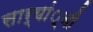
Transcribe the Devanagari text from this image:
सार्यां्नी